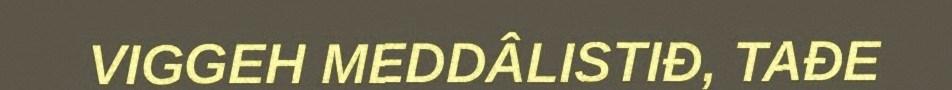
VIGGEH MEDDÂLISTIĐ, TAĐE